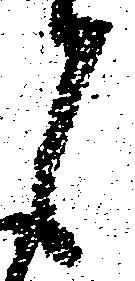
候